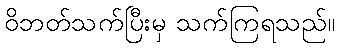
ဝိဘတ်သက်ပြီးမှ သက်ကြရသည်။